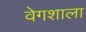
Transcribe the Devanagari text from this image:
वेगशाला